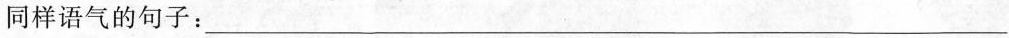
同样语气的句子：___